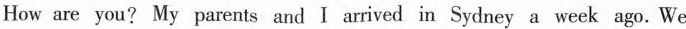
How are you? My parents and I arrived in Sydney a week ago. We